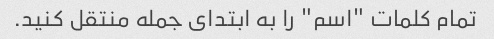
تمام کلمات "اسم" را به ابتدای جمله منتقل کنید.